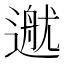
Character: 𨕳